King Institute of Preventive Medicine Micro-Biological Section reports 1909-11
Year: 1909
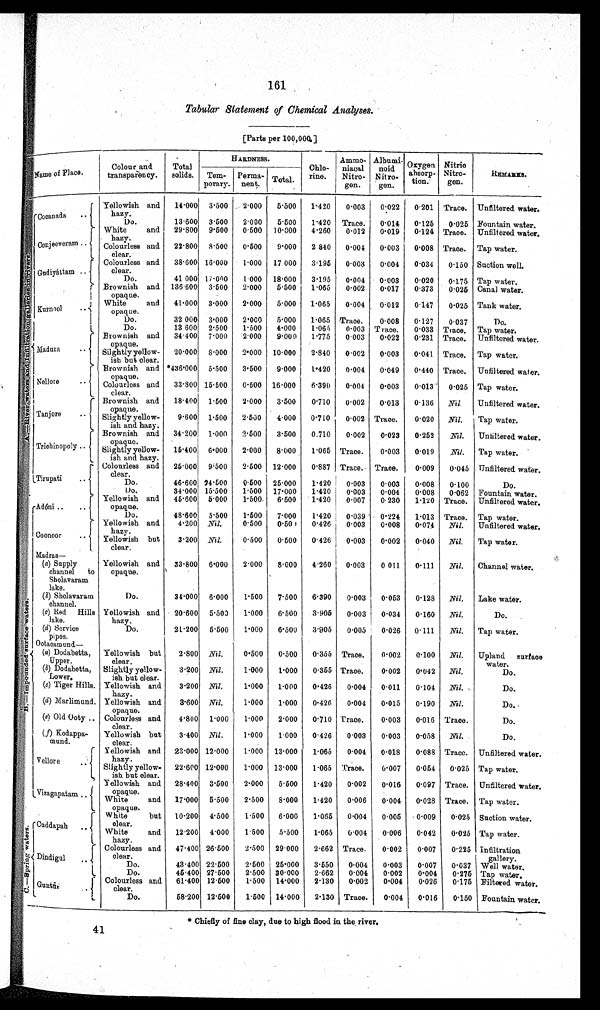
161
Tabular Statement of Chemical Analyses.
[Parts per 100,000.]
Name of Place.
Colour and
transparency.
Total
solids.
HARDNESS.
Chlo
rine.
Ammo
niacal
Nitro
gen.
Albumi
noid
Nitro
gen.
Oxygen a b s o r
ption.
Nitri
c N i t r o
gen.
REMARKS.
Tem
porary.
Perma
nent. Total
Cocanada
. .
Y e l l o w i s h a n d
hazy.
14.000 3·500
2.000
5·500
1.420
0.003
0.022
0.201 Trace. Unfiltered water.
Do.
13·600 3.500
2·000
5.500
1.420 Trace.
0.014
0.125
0.025 Fountain water.
White and
hazy.
29.800 9.500
0·500 10.000
4.260
0.012
0.019
0.124 Trace. Unfiltered water.
Co n j e e v e r a m
. .
Colourless and
clear.
22.800 8.500
0.500
9.000
2.840
0.004
0.003
0.008 Trace. Tap water.
A . — R i v e r w a t e r s a n d I n f i l t r a t i o n g a l l e r i e s i n r i v e r s .
Colourless and
clear.
38.600 16.000
1.000 17 000
3.195
0.003
0.004
0.034
0.150 Suction well.
Gudiyáttam ..
Do.
41.000 17.000
1 000 18.000
3.195
0.004
0.003
0.020
0.175 Tap water.
Brownish and
opaque.
136.600 3.500
2.000
5.500
1.065
0.002
0.017
0.373
0.025 Canal water.
K u r n o o l
. .
W h i t e a n d o p a q u e . 41.000 3.000
2.000
5.000
1.065
0.004
0.012
0·147
0.025 Tank water.
Do.
32 000 3.000
2.000
5.000
1.065 Trace.
0·008
0.127
0.037
Do.
Do.
13·600 2.500
1.500
4.000
1.065
0.003 Trace.
0·033 Trace. Tap water.
Brownish and
opaque.
34.400 7.000
2.000
9.000
1.775
0.003
0.022
0.231 Trace. Unfiltered water.
M a d u r a
. .
Silghtly yello- w
ish but clear.
20.000 8.000
2·000 10.000
2.840
0.002
0.003
0.041 Trace. Tap water.
Brownish and
oaque.
*436.000 5.500
3.500
9.000
1.420
0.004
0.049
0.440 Trace. Unfiltered water.
Nellore . .
Colourless and
clear.
33.800 15.500
0.500 16.000
6.390
0.004
0.003
0.013
0.025 Tap water.
Brownish and
opaque.
18.400 1.500
2.000
3.500
0.710
0.002
0.013
0.136
Nil.
Unfiltered water.
Tanjore
. . Slightly yellow
ish and hazy.
9.600 1.500
2.500
4.000
0.710
0.002 Trace.
0·020
Nil.
Tap water.
Brownish and
opaque.
34·200 1.000
2.500
3·500
0.710
0.002
0.023
0.252
Nil.
Unfiltered water.
Trichinopoly ..
Slightly yellow
ish and hazy.
15.400 6.000
2.000
8.000
1.065 Trace.
0·003
0.019
Nil.
Tap water.
Colourless and
clear.
25.000 9·500
2.500 12.000
0.887 Trace. Trace.
0.009
0.045 Unfiltered water.
Tirupati
..
Do.
46.600 24.500
0·500 25.000
1.420
0.003
0.003
0.008
0·100
Do.
Do.
34.000 15.500
1.500 17·000
1.420
0.003
0.004
0.008
0.062 Fountain water.
Adóni ..
. .
Yellowish and
opaque.
45.600 5.000
1.500
6.500
1.420
0.007
0.230
1.120 Trace. Unfiltered water.
Do.
48·600 5.500
1.500
7.000
1.420
0.039
0.224
1.013 Trace. Tap water.
Yellowish and
hazy.
4·200 Nil.
0·500
0.500
0·426
0.003
0.008
0.074
Nil.
Unfiltered water.
Coonoor
. .
Yellowish but
clear.
3·200 Nil.
0·500
0.500
0.426
0.003
0.002
0.040
Nil.
Tap water.
Ma d r a s —
(a) Supply
channel to
Sholavaram
lake.
Yellowish and
opaque.
33.800 6·000
2.000
8.000
4.260 0.003
0 011
0 . 111
Nil.
Channel water.
Do.
34·000 6 . 000
1.500
7.500
6 . 390
0 . 003
0.053
0·128
Nil.
Lake water.
B . —I mp o u n d e d s u r f a c e w a t e r s .
(b) Sholavaram
channel.
Yellowish and
hazy.
20.600 5 . 503
1 . 000
6.500
3.905
0.003 0.034
0 . 160
Nil.
Do.
(c) Red Hills
l ake.
( d ) Se
r v i c e
pipes.
Do.
21.200 5.500
1 . 000
6.500
3.905
0.005
0.026
0 . 111
Nil.
Tap water.
Yellowish but
clear.
2.800 Nil.
0·500
0 . 500
0.355 Trace.
0·002
0·100
Nil.
Upland surface
water.
Ootacamund —
(a) Dodabetta,
Upper.
(b) Dodabetta,
Lower.
Slightly yellow
ish but clear.
3·200 Nil.
1·000
1 . 000
0.355 Trace.
0·002
0.042
Nil.
Do.
(c) Tiger Hills. Yellowish and
hazy.
3·200 Nil.
1·000
1 . 000
0.426
0.004
0 . 011
0.104
Nil.
Do.
(d) Marlimund. Yellowish and
opaque.
3·600 Nil.
1·000
1 . 000
0.426
0 . 004
0.015
0·190
Nil.
Do.
(e) Old Ooty .. Colourless and
clear.
4·800 1·000
1 . 000
2.000
0.710 Trace.
0·003
0 . 016 Trace.
Do.
(f ) Kodappa
mund
.
Yellowish but
clear.
3.400 Nil.
1.000
1 . 000
0.426
0.003
0 . 003
0.058
Nil.
Do.
Vellor e
. .
Yellowish and
hazy.
23 . 000 12 . 000
1 . 000 13 . 000
1 . 065 0 . 004
0.018
0 . 088 Trace. Unfiltered water.
Slightly yellow
ish but clear.
22.600 12.000
1 . 000 13 . 000
1.065 Trace.
0.007
0.054
0.025 Tap water.
- Yellowish and
opaque.
28.400 3.500
2.000
5.500
1.420
0.002
0 . 016
0.097 Trace. Unfiltered. water.
Vizagapatam ..
White
and
opaque.
17 . 000 5.500
2.500
8.000
1.420
0 . 006
0 . 004
0.028 Trace. Tap water.
White but
clear.
10.200 4.500
1.500
6 . 000
1.065
0 . 004
0.005
0.009
0.025 Suction water.
C . — S p r i n g w a t e r s .
Cuddapah ..
White and
hazy.
12.200 1 . 000
1 . 500
5 . 500
1 . 065
0 . 004
0.006
0.042
0 . 025 Tap water.
Colourless and
clear.
47 . 400 26.500
2 . 500 29.000
2.662 Trace.
0·002
0 . 007
0.225 Infiltration
gallery.
Dindigul ..
Do.
43·400 22.500
2.500 25.000
3.550
0 . 004
0 . 003
0 . 007
0.037 Well water.
D
L
Do.
45·.400 27.500
2.500 30 . 000
2.662
0 . 004
0 . 002
0 . 001
0·275 Tap water.
Colourless and
clear.
61 . 400 12·500
1.500 14. 000
2.130 0 . 002
0 . 004
0 . 026
0.175 Filtered water.
G u n tū
r
. .
Do.
58·200 12·500
1.500 14.000
2.130 Trace.
0.004
0.016
0.150 Fountain water.
* Chiefly of fine clay, due to high flood in the river.
41
41